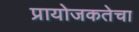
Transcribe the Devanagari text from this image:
प्रायोजकतेचा